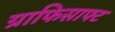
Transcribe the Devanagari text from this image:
ग्राफिसाफ्ट